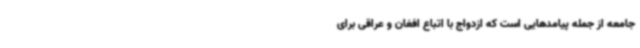
جامعه از جمله پیامدهایی است که ازدواج با اتباع افغان و عراقی برای